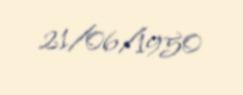
21/06/1950